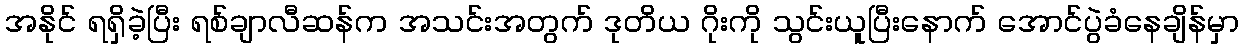
အနိုင် ရရှိခဲ့ပြီး ရစ်ချာလီဆန်က အသင်းအတွက် ဒုတိယ ဂိုးကို သွင်းယူပြီးနောက် အောင်ပွဲခံနေချိန်မှာ